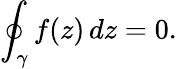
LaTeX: \oint_{\gamma}f(z)\, dz=0.